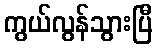
ကွယ်လွန်သွားပြီ